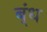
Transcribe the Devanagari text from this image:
ब्ंध